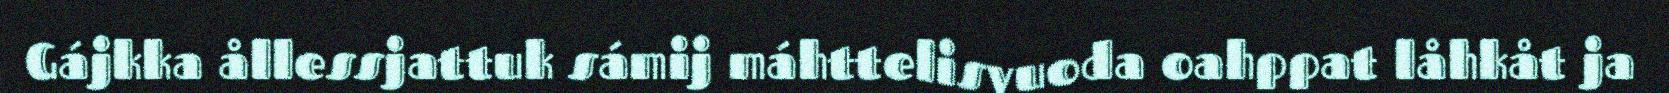
Gájkka ållessjattuk sámij máhttelisvuoda oahppat låhkåt ja